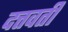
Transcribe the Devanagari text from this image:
दत्तवतीं